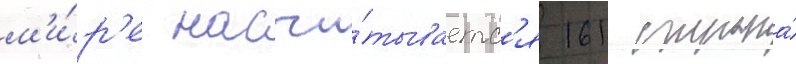
м'и́р'е насчи́тываетс'я 161 страна́